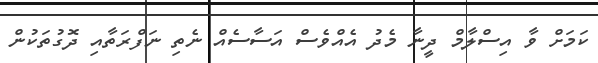
ކަމަށް ވާ އިސްލާމް ދީނާ މެދު އެއްވެސް އަސާސެއް ނެތި ނަފްރަތާއި ދޮގުތަކުން